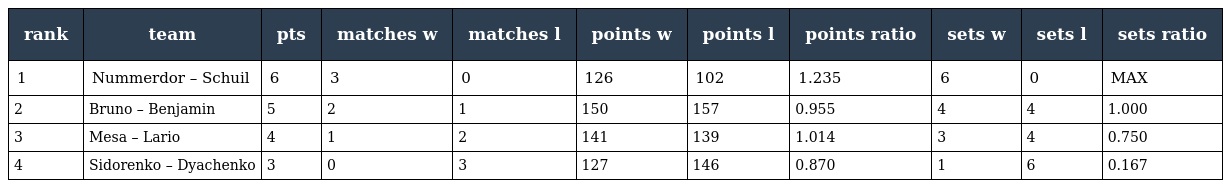
| rank | team | pts | matches w | matches l | points w | points l | points ratio | sets w | sets l | sets ratio |
 | --- | --- | --- | --- | --- | --- | --- | --- | --- | --- | --- |
 | 1 | Nummerdor – Schuil | 6 | 3 | 0 | 126 | 102 | 1.235 | 6 | 0 | MAX |
 | 2 | Bruno – Benjamin | 5 | 2 | 1 | 150 | 157 | 0.955 | 4 | 4 | 1.000 |
 | 3 | Mesa – Lario | 4 | 1 | 2 | 141 | 139 | 1.014 | 3 | 4 | 0.750 |
 | 4 | Sidorenko – Dyachenko | 3 | 0 | 3 | 127 | 146 | 0.870 | 1 | 6 | 0.167 |